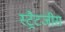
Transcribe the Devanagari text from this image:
स्ट्रैटजीस